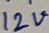
Text: 12V